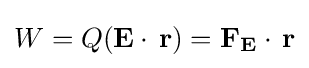
W=Q(\mathbf {E} \cdot \,\mathbf {r} )=\mathbf {F_{E}} \cdot \,\mathbf {r}